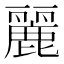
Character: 麗